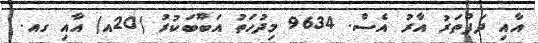
އާއި ދަފްތަރު އާރު އެސް. 9634 މިދުހަތު އަބޫބަކުރު (20އ) އާއި ގއ.